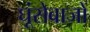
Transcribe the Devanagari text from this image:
घूंसेबाजों